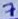
Text: 7